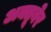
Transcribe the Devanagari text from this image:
अक्तूबेर